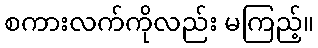
စကားလက်ကိုလည်း မကြည့်။